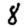
Digit: 8